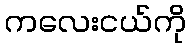
ကလေးငယ်ကို